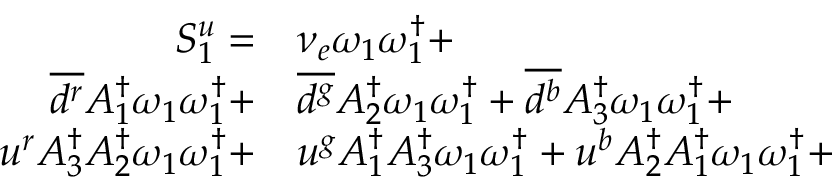
\begin{array} { r l } { S _ { 1 } ^ { u } = } & { { } { \nu _ { e } } \omega _ { 1 } \omega _ { 1 } ^ { \dagger } + } \\ { \overline { { d ^ { r } } } { A _ { 1 } ^ { \dagger } } \omega _ { 1 } \omega _ { 1 } ^ { \dagger } + } & { { } \overline { { d ^ { g } } } { A _ { 2 } ^ { \dagger } } \omega _ { 1 } \omega _ { 1 } ^ { \dagger } + \overline { { d ^ { b } } } { A _ { 3 } ^ { \dagger } } \omega _ { 1 } \omega _ { 1 } ^ { \dagger } + } \\ { u ^ { r } { A _ { 3 } ^ { \dagger } } { A _ { 2 } ^ { \dagger } } \omega _ { 1 } \omega _ { 1 } ^ { \dagger } + } & { { } u ^ { g } { A _ { 1 } ^ { \dagger } } { A _ { 3 } ^ { \dagger } } \omega _ { 1 } \omega _ { 1 } ^ { \dagger } + u ^ { b } { A _ { 2 } ^ { \dagger } } { A _ { 1 } ^ { \dagger } } \omega _ { 1 } \omega _ { 1 } ^ { \dagger } + } \end{array}